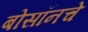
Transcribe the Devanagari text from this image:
बोसॉनचे